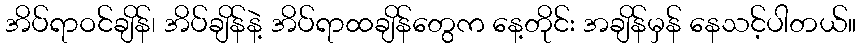
အိပ်ရာဝင်ချိန်၊ အိပ်ချိန်နဲ့ အိပ်ရာထချိန်တွေက နေ့တိုင်း အချိန်မှန် နေသင့်ပါတယ်။